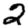
Digit: 2